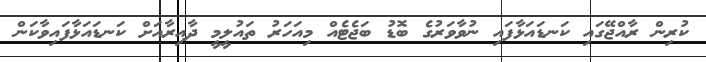
ކުރިން ރާއްޖޭގައި ކަނޑައަޅާފައި ނުވާވަރުގެ ބޮޑު ބަޖެޓެއް މިއަހަރު ތައުލީމީ ދާއިރާއަށް ކަނޑައަޅާފައިވާކަން